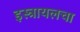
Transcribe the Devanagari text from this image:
इस्त्रायलचा